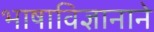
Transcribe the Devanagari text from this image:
भाषाविज्ञानाने